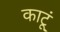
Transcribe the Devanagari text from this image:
काटूं